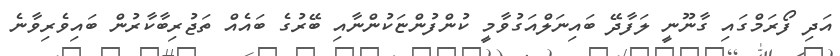
އަދި ފޯރަމްގައި ގާނޫނީ ލަފާދޭ ބައިނަލްއަގުވާމީ ކުންފުންޏަކުންނާއި ބޭރުގެ ބައެއް ތަޖުރިބާކާރުން ބައިވެރިވާނެ